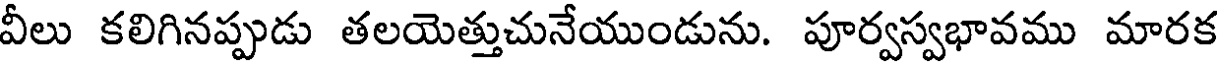
వీలు కలిగినప్పుడు తలయెత్తుచునేయుండును. పూర్వస్వభావము మారక